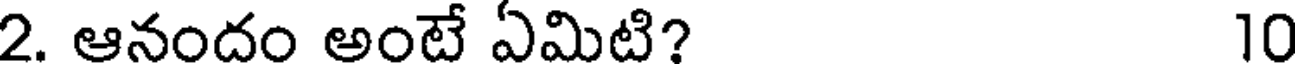
2. ఆనందం అంటే ఏమిటి? 10